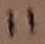
Text: 11